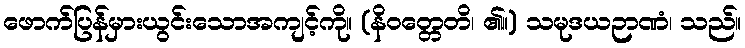
ဖောက်ပြန်မှားယွင်းသောအကျင့်ကို။ (နိဝတ္တေတိ၊ ၏။) သမုဒယဉာဏံ၊ သည်။